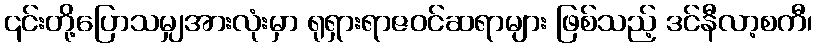
၎င်းတို့ပြောသမျှအားလုံးမှာ ရုရှားရာဇဝင်ဆရာများ ဖြစ်သည့် ဒင်နီလာ့စကီ၊